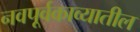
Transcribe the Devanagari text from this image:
नवपूर्वकाव्यातील